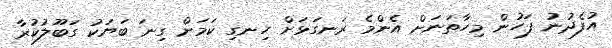
އުފެދުނު ފަހުން މިހާތަނަށް އެންމެ ރަނގަޅަށް ހިނގި ކަމަށް ގިނަ ބަޔަކު ގަބޫލުކުރާ